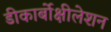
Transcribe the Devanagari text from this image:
डीकार्बोक्षीलेशन